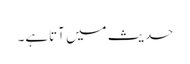
حدیث میں آتاہے۔